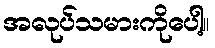
အလုပ်သမားကိုပေါ့။